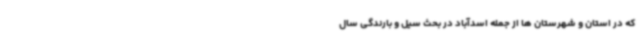
که در استان و شهرستان ها از جمله اسدآباد در بحث سیل و بارندگی سال